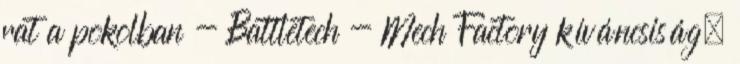
rat a pokolban - Battletech - Mech Factory kíváncsiság.